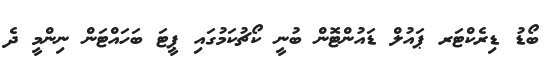
ބޯޑު ޑިރެކްޓަރ ޕައުލް ޑައުންޓޮން ބުނީ ކޯޗުކަމުގައި ޕީޓަ ބަހައްޓަން ނިންމީ ދެ